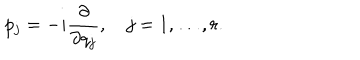
p _ { j } = - i { \frac { \partial } { \partial q _ { j } } } , \quad j = 1 , \ldots , r .